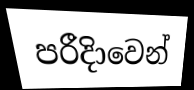
පරීදිාවෙන්